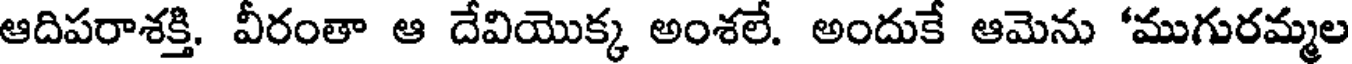
ఆదిపరాశక్తి. వీరంతా ఆ దేవియొక్క అంశలే. అందుకే ఆమెను 'ముగురమ్మల